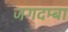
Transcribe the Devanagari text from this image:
जगदम्‍बा